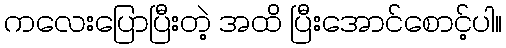
ကလေးပြောပြီးတဲ့ အထိ ပြီးအောင်စောင့်ပါ။